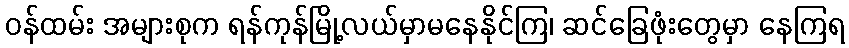
ဝန်ထမ်း အများစုက ရန်ကုန်မြို့လယ်မှာမနေနိုင်ကြ၊ ဆင်ခြေဖုံးတွေမှာ နေကြရ